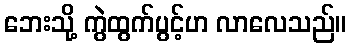
ဘေးသို့ ကွဲထွက်ပွင့်ဟ လာလေသည်။